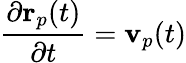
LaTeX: \frac{\partial\mathbf{r}_{p}(t)}{\partial t}=\mathbf{v}_{p}(t)